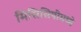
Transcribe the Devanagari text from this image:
मिसिसिपीमध्ये